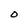
Character: O